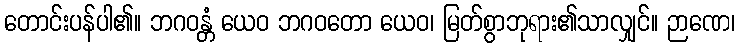
တောင်းပန်ပါ၏။ ဘဂဝန္တံ ယေဝ ဘဂဝတော ယေဝ၊ မြတ်စွာဘုရား၏သာလျှင်။ ဉာဏေ၊